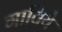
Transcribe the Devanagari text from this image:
गाविये